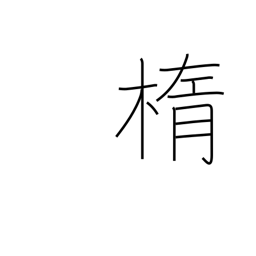
Meaning: ellipse